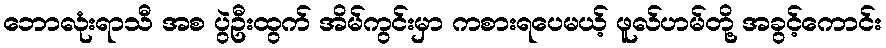
ဘောလုံးရာသီ အစ ပွဲဦးထွက် အိမ်ကွင်းမှာ ကစားရပေမယ့် ဖူလ်ဟမ်တို့ အခွင့်ကောင်း